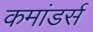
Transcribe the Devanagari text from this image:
कमांडर्स